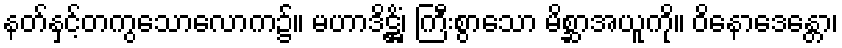
နတ်နှင့်တကွသောလောက၌။ မဟာဒိဋ္ဌိံ၊ ကြီးစွာသော မိစ္ဆာအယူကို။ ဝိနောဒေန္တော၊